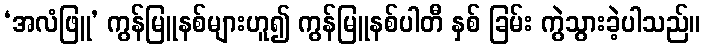
‘အလံဖြူ’ ကွန်မြူနစ်များဟူ၍ ကွန်မြူနစ်ပါတီ နှစ် ခြမ်း ကွဲသွားခဲ့ပါသည်။